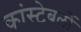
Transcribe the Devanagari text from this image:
कांस्‍टेबलों